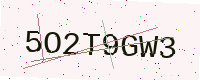
Text: 5O2T9GW3